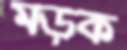
মড়ক